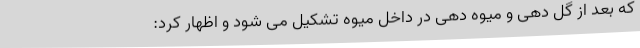
که بعد از گل دهی و میوه دهی در داخل میوه تشکیل می شود و اظهار کرد: